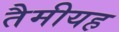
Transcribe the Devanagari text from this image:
तैमीयह